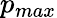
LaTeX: p_{max}